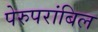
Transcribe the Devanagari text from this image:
पेरुपरांबिल